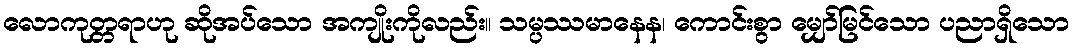
လောကုတ္တရာဟု ဆိုအပ်သော အကျိုးကိုလည်း။ သမ္ပဿမာနေန၊ ကောင်းစွာ မျှော်မြင်သော ပညာရှိသော